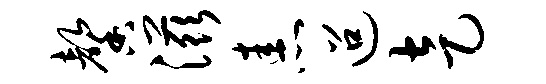
馨滋恚迢走